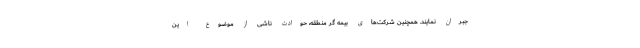
جبران نمایند. همچنین شرکت‌های بیمه گر منطقه، حوادث ناشی از موضوع این